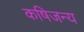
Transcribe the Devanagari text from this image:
कषिजन्य